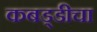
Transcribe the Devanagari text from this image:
कबड्डीचा